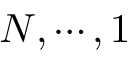
N , \cdots , 1